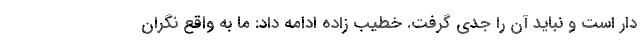
دار است و نباید آن را جدی گرفت. خطیب زاده ادامه داد: ما به واقع نگران